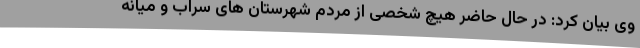
وی بیان کرد: در حال حاضر هیچ شخصی از مردم شهرستان های سراب و میانه